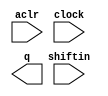
// megafunction wizard: %LPM_SHIFTREG%VBB%
// GENERATION: STANDARD
// VERSION: WM1.0
// MODULE: LPM_SHIFTREG 

// ============================================================
// Megafunction Name(s):
// 			LPM_SHIFTREG
//
// Simulation Library Files(s):
// 			lpm
// ============================================================
// ************************************************************
// THIS IS A WIZARD-GENERATED FILE. DO NOT EDIT THIS FILE!
//
// 18.1.0 Build 625 09/12/2018 SJ Lite Edition
// ************************************************************

//Copyright (C) 2018  Intel Corporation. All rights reserved.
//Your use of Intel Corporation's design tools, logic functions 
//and other software and tools, and its AMPP partner logic 
//functions, and any output files from any of the foregoing 
//(including device programming or simulation files), and any 
//associated documentation or information are expressly subject 
//to the terms and conditions of the Intel Program License 
//Subscription Agreement, the Intel Quartus Prime License Agreement,
//the Intel FPGA IP License Agreement, or other applicable license
//agreement, including, without limitation, that your use is for
//the sole purpose of programming logic devices manufactured by
//Intel and sold by Intel or its authorized distributors.  Please
//refer to the applicable agreement for further details.

module delay3 (
	aclr,
	clock,
	shiftin,
	q);

	input	  aclr;
	input	  clock;
	input	  shiftin;
	output	[2:0]  q;

endmodule

// ============================================================
// CNX file retrieval info
// ============================================================
// Retrieval info: PRIVATE: ACLR NUMERIC "1"
// Retrieval info: PRIVATE: ALOAD NUMERIC "0"
// Retrieval info: PRIVATE: ASET NUMERIC "0"
// Retrieval info: PRIVATE: ASET_ALL1 NUMERIC "1"
// Retrieval info: PRIVATE: CLK_EN NUMERIC "0"
// Retrieval info: PRIVATE: INTENDED_DEVICE_FAMILY STRING "Cyclone V"
// Retrieval info: PRIVATE: LeftShift NUMERIC "0"
// Retrieval info: PRIVATE: ParallelDataInput NUMERIC "0"
// Retrieval info: PRIVATE: Q_OUT NUMERIC "1"
// Retrieval info: PRIVATE: SCLR NUMERIC "0"
// Retrieval info: PRIVATE: SLOAD NUMERIC "0"
// Retrieval info: PRIVATE: SSET NUMERIC "0"
// Retrieval info: PRIVATE: SSET_ALL1 NUMERIC "1"
// Retrieval info: PRIVATE: SYNTH_WRAPPER_GEN_POSTFIX STRING "0"
// Retrieval info: PRIVATE: SerialShiftInput NUMERIC "1"
// Retrieval info: PRIVATE: SerialShiftOutput NUMERIC "0"
// Retrieval info: PRIVATE: nBit NUMERIC "3"
// Retrieval info: PRIVATE: new_diagram STRING "1"
// Retrieval info: LIBRARY: lpm lpm.lpm_components.all
// Retrieval info: CONSTANT: LPM_DIRECTION STRING "RIGHT"
// Retrieval info: CONSTANT: LPM_TYPE STRING "LPM_SHIFTREG"
// Retrieval info: CONSTANT: LPM_WIDTH NUMERIC "3"
// Retrieval info: USED_PORT: aclr 0 0 0 0 INPUT NODEFVAL "aclr"
// Retrieval info: USED_PORT: clock 0 0 0 0 INPUT NODEFVAL "clock"
// Retrieval info: USED_PORT: q 0 0 3 0 OUTPUT NODEFVAL "q[2..0]"
// Retrieval info: USED_PORT: shiftin 0 0 0 0 INPUT NODEFVAL "shiftin"
// Retrieval info: CONNECT: @aclr 0 0 0 0 aclr 0 0 0 0
// Retrieval info: CONNECT: @clock 0 0 0 0 clock 0 0 0 0
// Retrieval info: CONNECT: @shiftin 0 0 0 0 shiftin 0 0 0 0
// Retrieval info: CONNECT: q 0 0 3 0 @q 0 0 3 0
// Retrieval info: GEN_FILE: TYPE_NORMAL delay3.v TRUE
// Retrieval info: GEN_FILE: TYPE_NORMAL delay3.inc FALSE
// Retrieval info: GEN_FILE: TYPE_NORMAL delay3.cmp FALSE
// Retrieval info: GEN_FILE: TYPE_NORMAL delay3.bsf FALSE
// Retrieval info: GEN_FILE: TYPE_NORMAL delay3_inst.v TRUE
// Retrieval info: GEN_FILE: TYPE_NORMAL delay3_bb.v TRUE
// Retrieval info: LIB_FILE: lpm